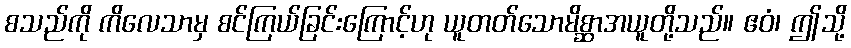
စသည်ကို ကိလေသာမှ စင်ကြယ်ခြင်းကြောင့်ဟု ယူတတ်သောမိစ္ဆာအယူတို့သည်။ ဧဝံ၊ ဤသို့